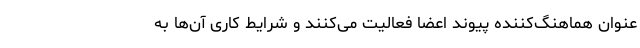
عنوان هماهنگ‌کننده پیوند اعضا فعالیت می‌کنند و شرایط کاری آن‌ها به